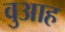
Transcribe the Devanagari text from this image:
वुआह